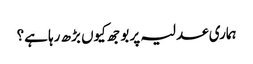
ہماری عدلیہ پر بوجھ کیوں بڑھ رہا ہے؟